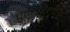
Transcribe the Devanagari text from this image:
पुनःरिलीज़